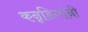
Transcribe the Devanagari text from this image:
कन्नडिगांनी